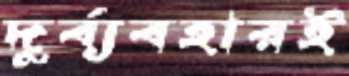
দুর্ব্যবহারই